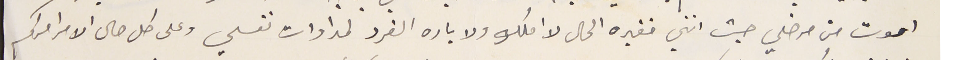
اموت من مرضي حيث انني فقيره الحال لا املك ولا باره الفرد لمداوات نفسي وعلى كل حال الامر امركم